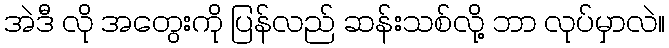
အဲဒီ လို အတွေးကို ပြန်လည် ဆန်းသစ်လို့ ဘာ လုပ်မှာလဲ။